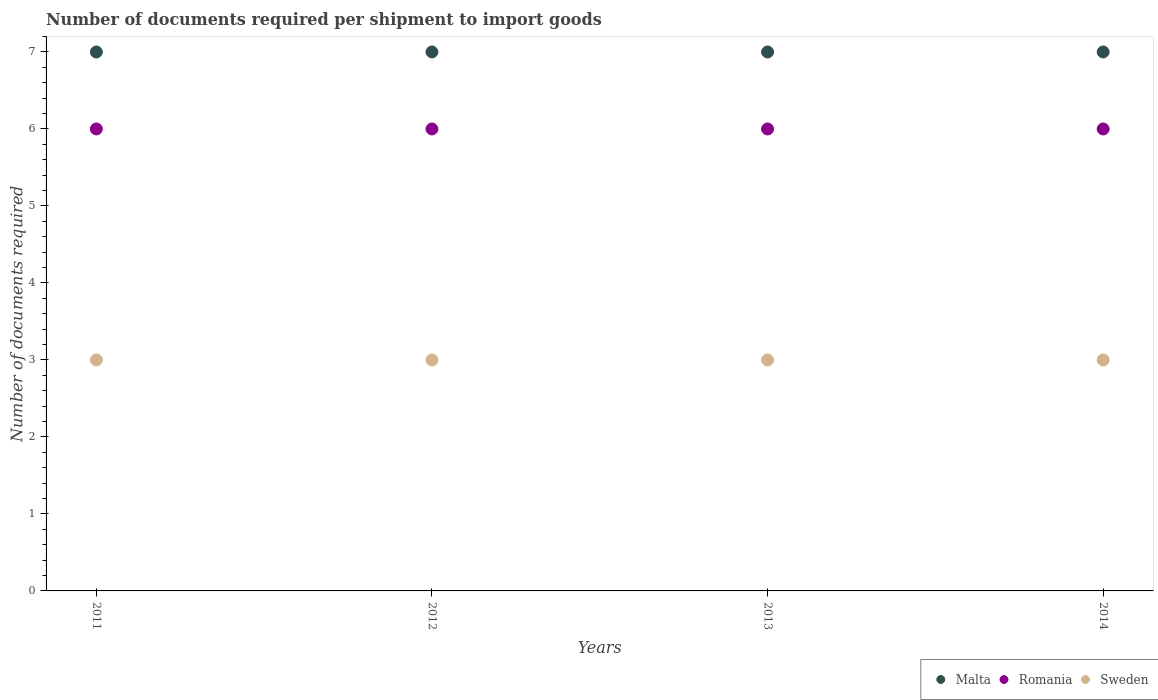
| Years | Malta | Romania | Sweden |
 | --- | --- | --- | --- |
 | 2011 | 7 | 6 | 3 |
 | 2012 | 7 | 6 | 3 |
 | 2013 | 7 | 6 | 3 |
 | 2014 | 7 | 6 | 3 |